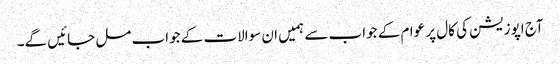
آج اپوزیشن کی کال پر عوام کے جواب سے ہمیں ان سوالات کے جواب مل جائیں گے۔